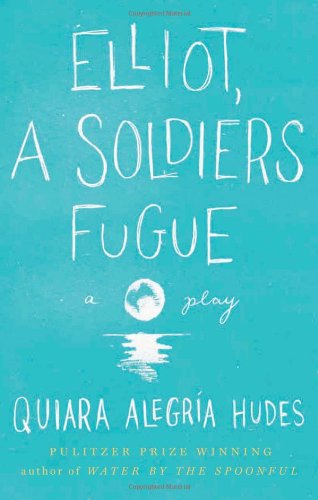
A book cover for Elliot, A Soldier's Fugue; Quiara AlegrÃ­a Hudes; Literature & Fiction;